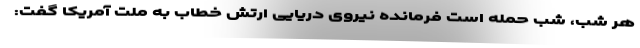
هر شب، شب حمله است فرمانده نیروی دریایی ارتش خطاب به ملت آمریکا گفت: